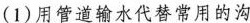
（1）用管道输出代替常用的沟